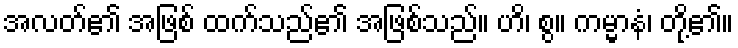
အလတ်၏ အဖြစ် ထက်သည်၏ အဖြစ်သည်။ ဟိ၊ စွ။ ကမ္မာနံ၊ တို့၏။